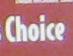
choice